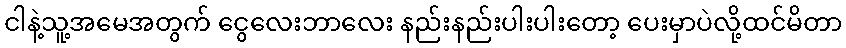
ငါနဲ့သူ့အမေအတွက် ငွေလေးဘာလေး နည်းနည်းပါးပါးတော့ ပေးမှာပဲလို့ထင်မိတာ